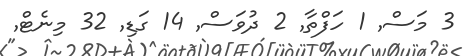
3 މަސް